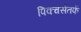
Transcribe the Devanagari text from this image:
पिक्चर्सतर्फे